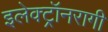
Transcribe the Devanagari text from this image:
इलेक्ट्रॉनरागी